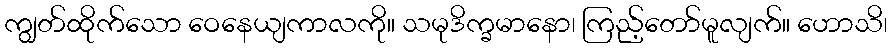
ကျွတ်ထိုက်သော ဝေနေယျကာလကို။ သမုဒိက္ခမာနော၊ ကြည့်တော်မူလျက်။ ဟောသိ၊